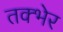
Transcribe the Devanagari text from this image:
तक्भेर